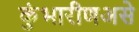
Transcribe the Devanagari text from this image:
कुंभारीणअसे